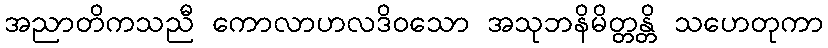
အညာတိကသညီ ကောလာဟလဒိဝသော အသုဘနိမိတ္တန္တိ သဟေတုကာ